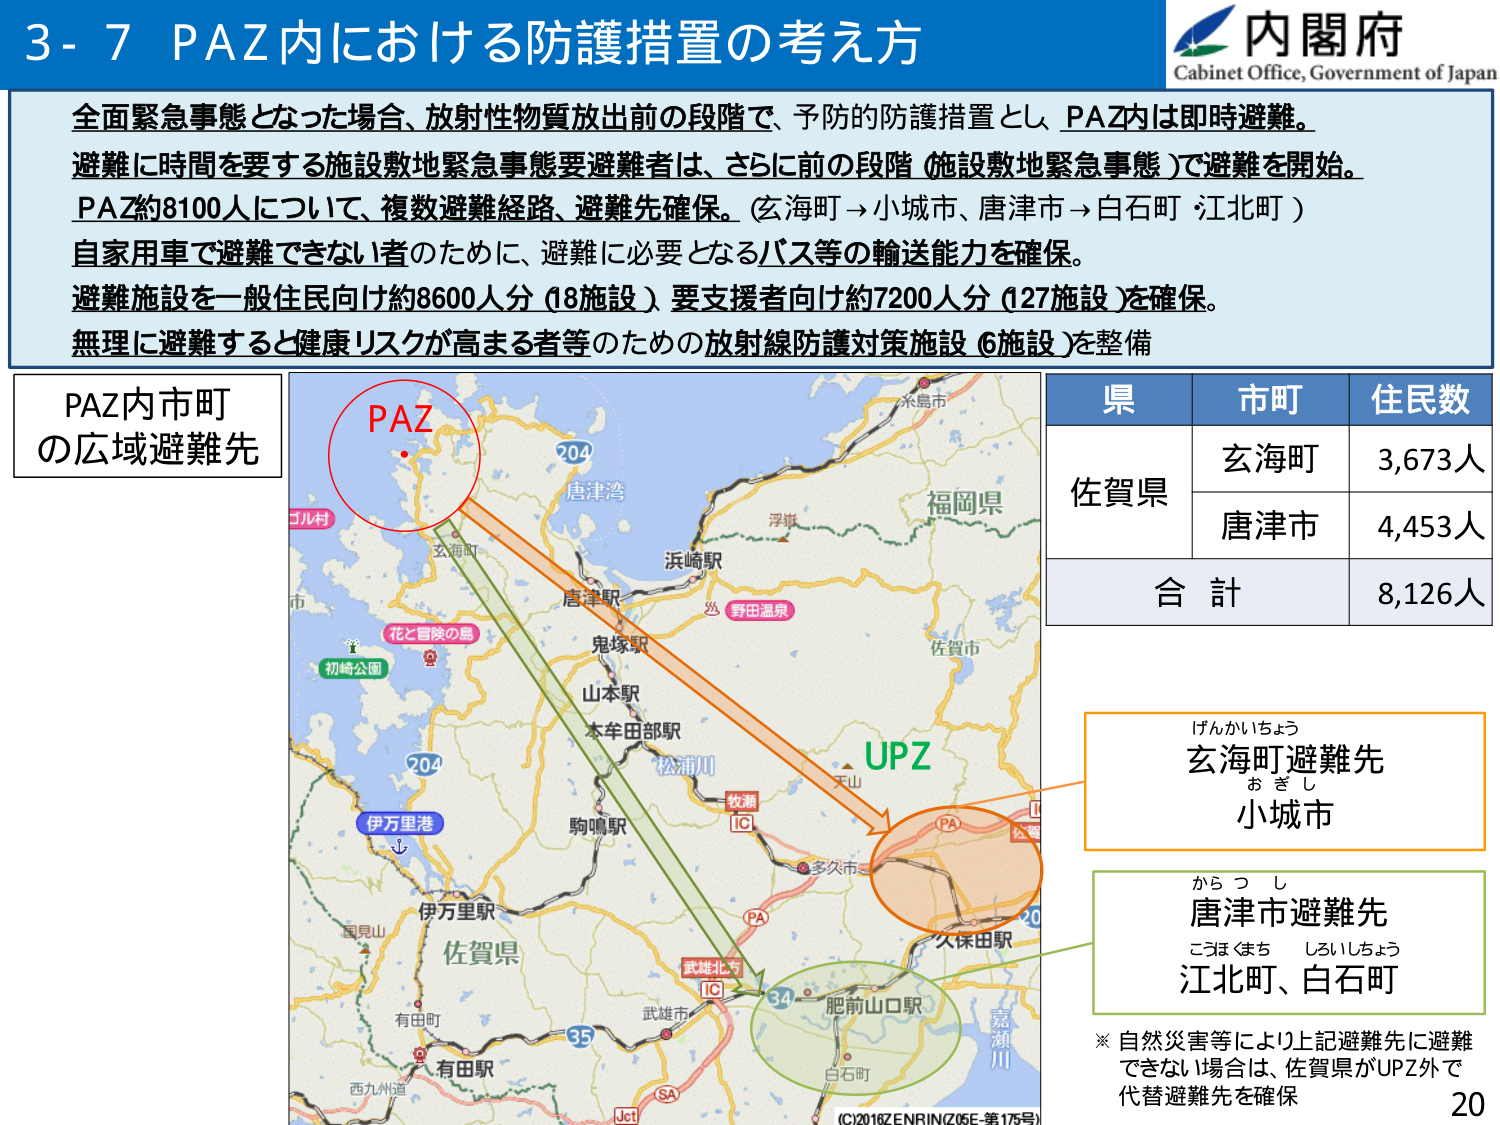
3-7 PAZ内における防護措置の考え方

内閣府
Cabinet Office, Government of Japan

全面緊急事態となった場合、放射性物質放出前の段階で、予防的防護措置とし、PAZ内は即時避難。
避難に時間を要する施設敷地緊急事態要避難者は、さらに前の段階（施設敷地緊急事態）で避難を開始。
PAZ約8100人について、複数避難経路、避難先確保。（玄海町→小城市、唐津市→白石町・江北町）
自家用車で避難できない者のために、避難に必要となるバス等の輸送能力を確保。
避難施設を一般住民向け約8600人分（18施設）、要支援者向け約7200人分（127施設）を確保。
無理に避難すると健康リスクが高まる者等のための放射線防護対策施設（6施設）を整備

PAZ内市町
の広域避難先

県　市町　住民数
佐賀県　玄海町　3,673人
　　　　唐津市　4,453人
合計　　8,126人

げんかいちょう
玄海町避難先
おぎし
小城市

からつし
唐津市避難先
こほくまち　しずいしちょう
江北町、白石町

※自然災害等により上記避難先に避難できない場合は、佐賀県がUPZ外で代替避難先を確保

PAZ
UPZ
204
唐津湾
福岡県
浜崎駅
野田温泉
佐賀市
天山
牧瀬IC
多久市
PA
久保田駅
肥前山口駅
白石町
34
武雄市
有田駅
西九州道
Jct
SA
武雄北方IC
35
伊万里港
伊万里駅
国見山
有田町
佐賀県
初崎公園
花と冒険の島
コル村
玄海町
山本駅
本牟田部駅
松浦川
鬼塚駅
唐津駅
204
米島市
浮嶽
（C）2016ZENRIN（Z05E-第175号）